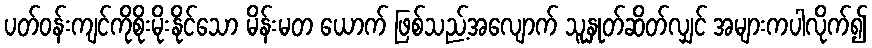
ပတ်ဝန်းကျင်ကိုစိုးမိုးနိုင်သော မိန်းမတ ယောက် ဖြစ်သည့်အလျောက် သူနှုတ်ဆိတ်လျှင် အများကပါလိုက်၍